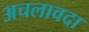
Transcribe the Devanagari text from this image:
अचलावदा